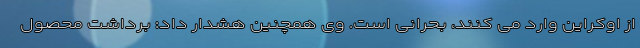
از اوکراین وارد می کنند، بحرانی است. وی همچنین هشدار داد: برداشت محصول